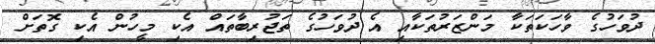
ދުވަހުގެ ވާހަކަތަކާ މަންޒަރުތަކާއި އެ ދުވަހުގެ ތަޖުރިބާތައް އެކި މީހުން އެކި ގޮތަށް